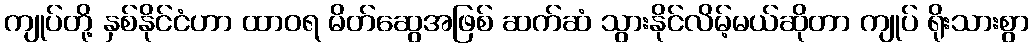
ကျုပ်တို့ နှစ်နိုင်ငံဟာ ထာဝရ မိတ်ဆွေအဖြစ် ဆက်ဆံ သွားနိုင်လိမ့်မယ်ဆိုတာ ကျုပ် ရိုးသားစွာ